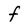
Character: f